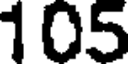
105